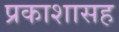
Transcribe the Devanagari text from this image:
प्रकाशासह